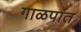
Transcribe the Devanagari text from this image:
गाळपात